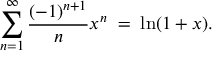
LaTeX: \sum _ { n = 1 } ^ { \infty } { \frac { ( - 1 ) ^ { n + 1 } } { n } } x ^ { n } \; = \; \ln ( 1 + x ) .